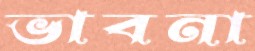
ভাবনা